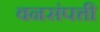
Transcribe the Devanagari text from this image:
वनसंपत्ती